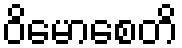
ဝိမောစေတိ